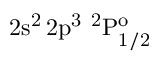
\mathrm { 2 s ^ { 2 } \, 2 p ^ { 3 } ~ ^ { 2 } P _ { 1 / 2 } ^ { o } }